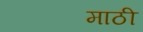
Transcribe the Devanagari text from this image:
माठी